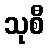
သုစီ